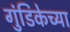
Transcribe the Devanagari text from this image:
गुंडिकेच्या